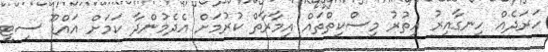
ހަރަދެއް ހިނގާއިރު އިތުރު މިސްކިތްތައް އިމާރާތް ކުރުމަށް އެދެމުންދާ ކަމަށް އައްޑޫ ސިޓީ